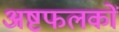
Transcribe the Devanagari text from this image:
अष्टफलकों